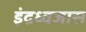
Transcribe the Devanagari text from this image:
इंद्रध्वजास